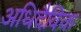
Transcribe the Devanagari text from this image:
अधिदैविक